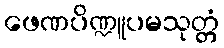
ဖေဏပိဏ္ဍူပမသုတ္တံ